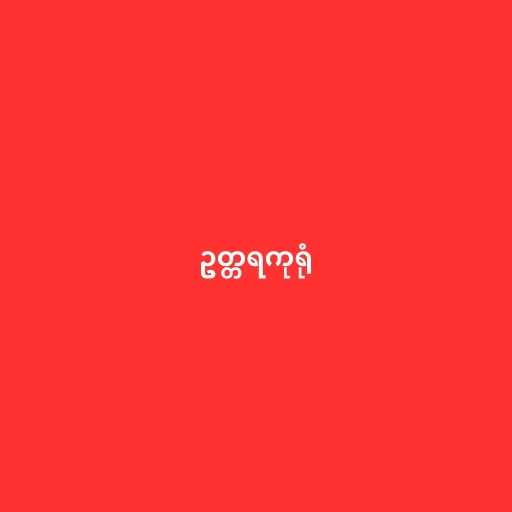
ဥတ္တရကုရုံ